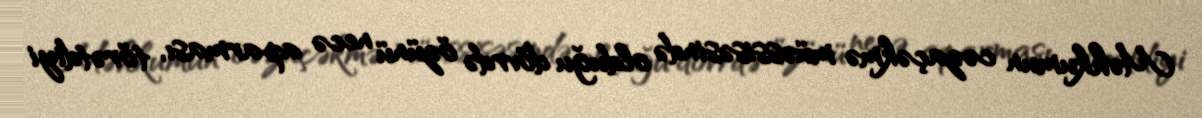
Məhkumun cəzaçəkmə müəssisəsində olduğu dövrdə özünü necə aparması, törətdiyi